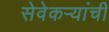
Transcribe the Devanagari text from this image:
सेवेकऱ्यांची